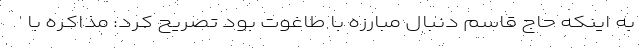
به اینکه حاج قاسم دنبال مبارزه با طاغوت بود تصریح کرد: مذاکره با